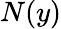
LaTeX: N(y)